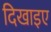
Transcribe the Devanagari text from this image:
दिखाइए